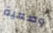
وضعية